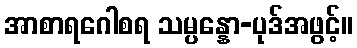
အာစာရဂေါစရ သမ္ပန္နော-ပုဒ်အဖွင့်။